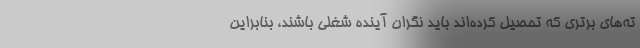
ته‌های برتری که تحصیل کرده‌اند باید نگران آینده شغلی باشند، بنابراین